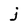
Character: j